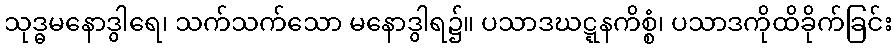
သုဒ္ဓမနောဒွါရေ၊ သက်သက်သော မနောဒွါရ၌။ ပသာဒဃဋ္ဋနကိစ္စံ၊ ပသာဒကိုထိခိုက်ခြင်း